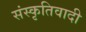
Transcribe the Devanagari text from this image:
संस्कृतिवादी